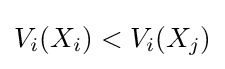
V_{i}(X_{i})<V_{i}(X_{j})